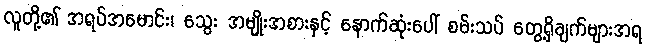
လူတို့၏ အရပ်အမောင်း၊ သွေး အမျိုးအစားနှင့် နောက်ဆုံးပေါ် စမ်းသပ် တွေ့ရှိချက်များအရ